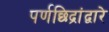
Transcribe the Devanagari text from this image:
पर्णछिद्रांद्वारे